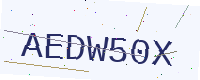
Text: AEDW50X